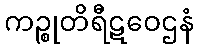
ကဉ္စုတိရီဋဝေဌနံ